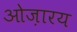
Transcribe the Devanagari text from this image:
ओज़ारय